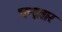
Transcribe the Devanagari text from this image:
चन्द्रवार